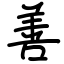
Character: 善